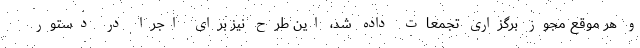
و هر موقع مجوز برگزاری تجمعات داده شد، این طرح نیز برای اجرا در دستور